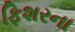
ફિશરના